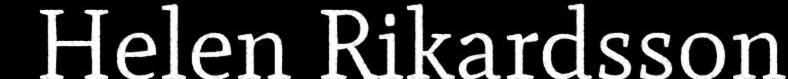
Helen Rikardsson